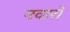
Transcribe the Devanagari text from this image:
नवारों